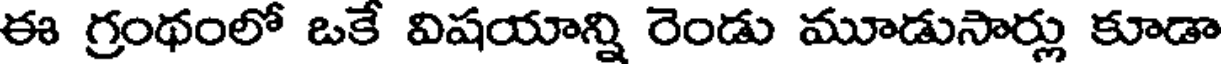
ఈ గ్రంథంలో ఒకే విషయాన్ని రెండు మూడుసార్లు కూడా